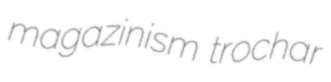
magazinism trochar